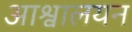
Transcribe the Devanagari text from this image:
आश्वालयन